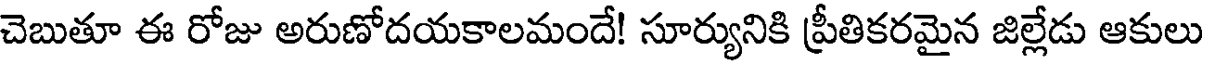
చెబుతూ ఈ రోజు అరుణోదయకాలమందే! సూర్యునికి ప్రీతికరమైన జిల్లేడు ఆకులు